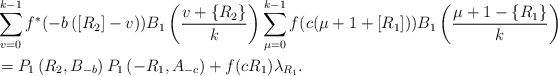
LaTeX: \begin{align*}& \sum\limits_{v=0}^{k-1}f^{\ast}(-b\left( \left[ R_{2}\right] -v\right))B_{1}\left( \frac{v+\left\{ R_{2}\right\} }{k}\right) \sum\limits_{\mu=0}^{k-1}f(c(\mu+1+\left[ R_{1}\right] ))B_{1}\left( \frac{\mu+1-\left\{R_{1}\right\} }{k}\right) \\& =P_{1}\left( R_{2},B_{-b}\right) P_{1}\left( -R_{1},A_{-c}\right)+f(cR_{1})\lambda_{R_{1}}.\end{align*}